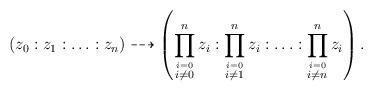
LaTeX: \begin{align*}(z_0:z_1:\ldots:z_n)\dashrightarrow\left(\prod_{\stackrel{i=0}{i\not=0}}^nz_i:\prod_{\stackrel{i=0}{i\not=1}}^nz_i:\ldots:\prod_{\stackrel{i=0}{i\not=n}}^nz_i\right). \end{align*}